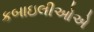
કબાઇલીઓએ